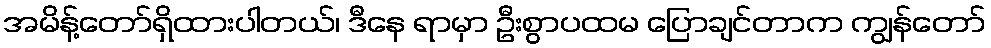
အမိန့်တော်ရှိထားပါတယ်၊ ဒီနေ ရာမှာ ဦးစွာပထမ ပြောချင်တာက ကျွန်တော်